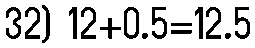
32) 12+0.5=12.5